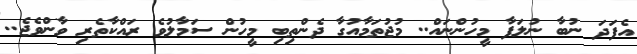
އެފަދަ ނުބާ ނުލަފާ މީހުންނައް.. މުޖުތަމާއުގާ ދެންތިބި މީހުން ސަމާލުވެ ރައްކާތެރި ވާންވެޖެ..